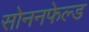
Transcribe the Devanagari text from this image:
सोननफेल्ड